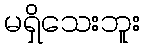
မရှိသေးဘူး